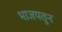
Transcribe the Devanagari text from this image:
भाजपतून